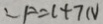
\therefore F = 1 + 7 N